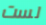
لست